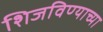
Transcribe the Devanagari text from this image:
शिजविण्याच्या